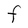
Character: F